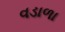
વડાળા